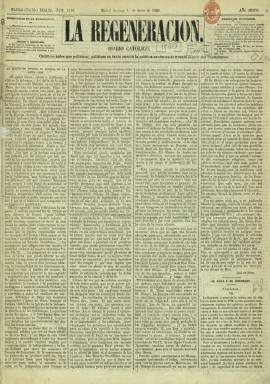
Título: La Regeneración (Madrid)
Colección: Periódicos || Carlismo
Ámbito geográfico: Madrid
Lugar de publicación: Madrid
Fechas: 01/01/1860-31/12/1873

Inaugura la prensa neocatólica española, junto a los efímeros La Estrella (1854-1857) y La Fe (1855), siendo considerado el más fiel a las consignas del presbítero apologeta Jaime Balmes (1810-1848) y el más importante órgano para la defensa del catolicismo como bandera política, tras comenzar a publicarse el uno de enero de 1855 –en pleno Bienio Progresista– con el subtítulo “diario católico” y el largo lema bajo su cabecera: “católicos antes que políticos; políticos en tanto cuanto la política conduzca al triunfo práctico del catolicismo”. Es fundado por Felipe de Canga Argüelles (1805-1863) –conde de Cangas Argüelles–, y tras su fallecimiento, la dirección recaerá en el presbítero Miguel Sánchez Pinillos, que se verá abocado a abandonarla al finalizar el año 1865, fundando entonces, el también periódico neocatólico La Lealtad. Componían la redacción entonces, además de Sánchez, José Salamero, Juan Iturriaga, Felipe Ruiz y Juan Álvarez Peral.

A partir de 1866, entrará en la propiedad el catedrático de Farmacia de la Universidad Central José de Alerany, que también será colaborador del diario, y asumirá su dirección el escritor Antonio Juan de Vildósola (1830-1893), siendo puesto en la órbita carlista, compartiendo este campo ideológico con La Esperanza (1844-1874), propiedad del propio suegro de Vildósola –Pedro de la Hoz (1800-1865)–, y El Pensamiento español (1860), con los que competirá y polemizará. El dos de enero de 1866, La Regeneración inicia así su “segunda época”, y el 24 de mayo de este mismo año desaparece de su cabecera su extenso lema y adopta como subtítulo “periódico católico monárquico”.

Serán redactores y colaboradores del diario, entre otros tradicionalistas y carlistas, Antonio Aparisi Guijarro (1815-1872), Luis de Trelles y Noguerol (1819-1891), José Gras y Granollers (1834-1918), Francisco Peral de Cuevas (que llegó a ser propietario temporal del periódico tras el fallecimiento de su fundador), León Galindo de Vera, Isidro Ruiz Albornoz, Serafín Álvarez, Mariano Riera, Francisco Herrando, Dámaso Calvet o Florencio Gamayo, que también se hizo cargo de la imprenta y actuará como editor. En 1859, lo había sido Manuel Franco; en 1864, José del Bosque; en 1866 lo será Ramón Menéndez, y en 1869, Manuel Ibarz; mientras que Ramón Ramírez se hará cargo de la imprenta a partir de ese mismo año. Durante el Sexenio Democrático lo dirigirá Juan Antonio Almela, que en 1870 será encarcelado durante un año tras publicar un artículo contra el rey Amadeo, y después Federico Salidas.

Será un diario vespertino, de cuatro páginas, compuestas a cuatro columnas, con ediciones para Madrid y provincias. Suele incluir en su primera página el artículo de fondo y algunos sueltos. Entre sus secciones contó con Parte oficial, Noticias generales, Noticias extranjeras, Variedades, Parte oficial, Partes telegráficos, Boletín religioso, Espectáculos, Bolsa de Madrid y Última hora. También publicará un folletín y su última plana la dedica a la Sección de anuncios.

Sobre la exacta posición ideológica del diario, que llegó a expresar que Isabel II “no podía encarnar la Monarquía católica”, las fuentes la tildan de manera diversa, desde que ocupaba la más reaccionaria y absolutista, o más retrograda aún que la carlista La Espereza, es decir, la de más extrema derecha (Seoane: 1983), hasta situarla en medio del carlismo y el neocatolicismo (Urigüen: 1986). José de Castro y Serrano que lo analizó ya en un artículo que publicó en La América, en octubre de 1857, lo tildaba del más fanático de la época, afín a la teocracia política. Intransigente y combativo contra cualquier tipo de liberalismo y, por tanto, contra la libertad de cultos, se muestra asimismo contrario a la unificación nacional italiana por cuanto suponía atentar contra el poder temporal del Papado.

La colección de este título en la Biblioteca Nacional de España llega hasta su número del 31 de diciembre de 1873, cuando ya se componía a cinco columnas, y se considera precursor de los posteriores periódicos posibilistas confesionales La España católica (1874-1875), La Unión (1882-1887) y La Unión católica (1887-1899), inspirados por Alejandro Pidal y Mon (1846-1913). Publicó suplementos y, entre otras ediciones, calendarios anuales. Además de las citadas, otras referencias para este título son los trabajos de Hartzenbusch (1894), Navarro Cabanes (1917), Gómez Aparicio (1967) o la tesis de Abraham Rincón Muñoz de Morales (1999).